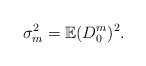
\begin{align*}\sigma_{m}^{2}=\mathbb{E}(D_{0}^{m})^{2}. \end{align*}